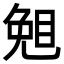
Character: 𥇅